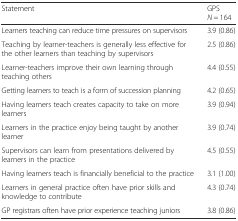
<table><thead><tr><td><b>Statement</b></td><td><b>GPS<i>N</i> = 164</b></td></tr></thead><tbody><tr><td>Learners teaching can reduce time pressures on supervisors</td><td>3.9 (0.86)</td></tr><tr><td>Teaching by learner-teachers is generally less effective for the other learners than teaching by supervisors</td><td>2.5 (0.86)</td></tr><tr><td>Learner-teachers improve their own learning through teaching others</td><td>4.4 (0.55)</td></tr><tr><td>Getting learners to teach is a form of succession planning</td><td>4.2 (0.65)</td></tr><tr><td>Having learners teach creates capacity to take on more learners</td><td>3.9 (0.94)</td></tr><tr><td>Learners in the practice enjoy being taught by another learner</td><td>3.9 (0.74)</td></tr><tr><td>Supervisors can learn from presentations delivered by learners in the practice</td><td>4.5 (0.55)</td></tr><tr><td>Having learners teach is financially beneficial to the practice</td><td>3.1 (1.00)</td></tr><tr><td>Learners in general practice often have prior skills and knowledge to contribute</td><td>4.3 (0.74)</td></tr><tr><td>GP registrars often have prior experience teaching juniors</td><td>3.8 (0.86)</td></tr></tbody></table>